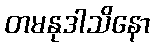
တမနုဒါသိနော